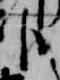
下